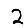
Digit: 2